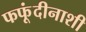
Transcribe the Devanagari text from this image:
फफूंदीनाशी